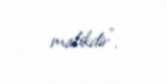
malikdir".